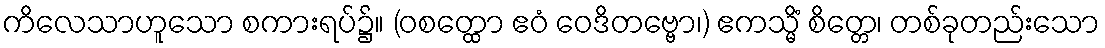
ကိလေသာဟူသော စကားရပ်၌။ (ဝစတ္ထော ဧဝံ ဝေဒိတဗ္ဗော၊) ဧကသ္မိံ စိတ္တေ၊ တစ်ခုတည်းသော